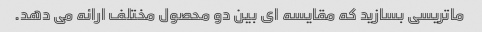
ماتریسی بسازید که مقایسه ای بین دو محصول مختلف ارائه می دهد.